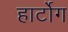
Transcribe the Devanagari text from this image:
हार्टोग